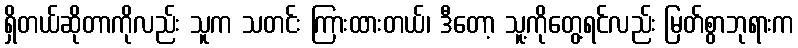
ရှိတယ်ဆိုတာကိုလည်း သူက သတင်း ကြားထားတယ်၊ ဒီတော့ သူ့ကိုတွေ့ရင်လည်း မြတ်စွာဘုရားက